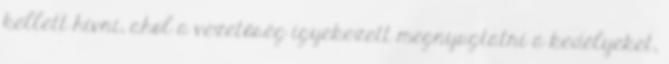
kellett hívni, ahol a vezetőség igyekezett megnyugtatni a kedélyeket,